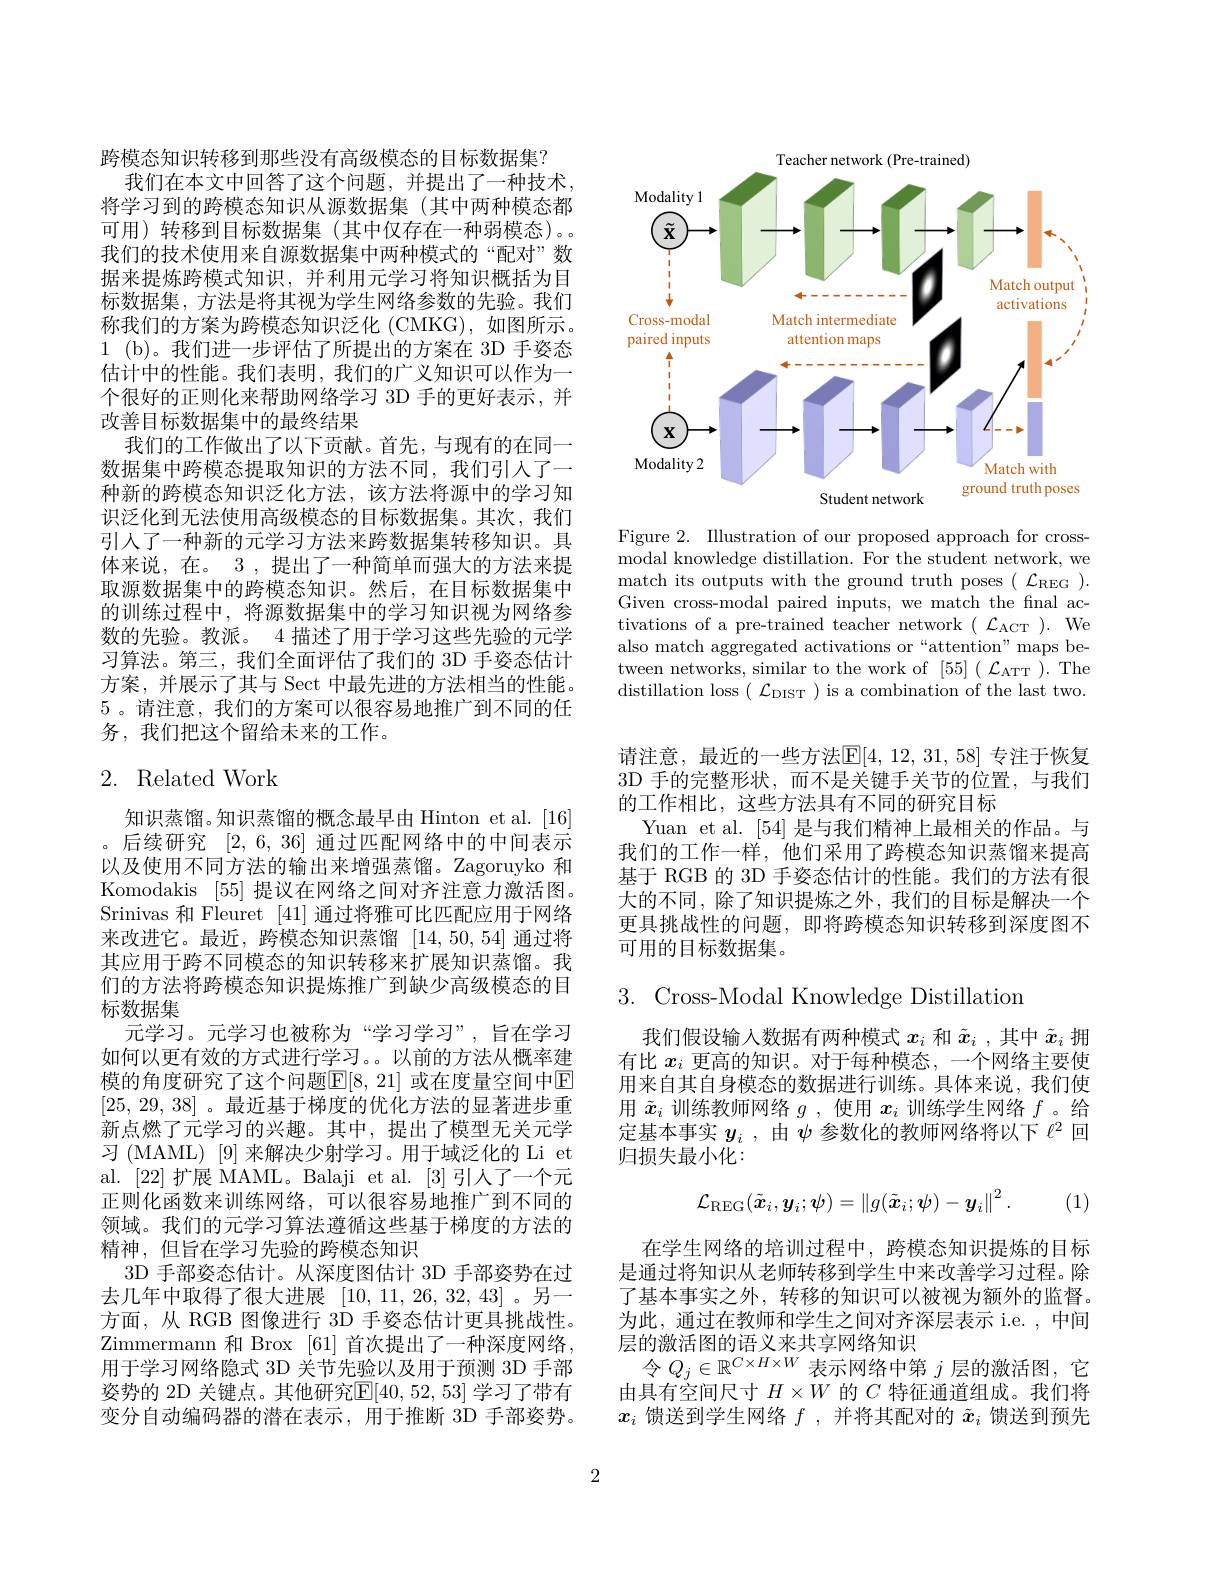
跨模态知识转移到那些没有高级模态的目标数据集？
我们在本文中回答了这个问题，并提出了一种技术， 将学习到的跨模态知识从源数据集 (其中两种模态都可用)转移到目标数据集(其中仅存在一种弱模态)。我们的技术使用来自源数据集中两种模式的“配对”数据来提炼跨模式知识，并利用元学习将知识概括为目标数据集，方法是将其视为学生网络参数的先验。我们称我们的方案为跨模态知识泛化 (CMKG),如图所示。1 (b)。我们进一步评估了所提出的方案在 3D 手姿态估计中的性能。我们表明，我们的广义知识可以作为一个很好的正则化来帮助网络学习 3D 手的更好表示，并改善目标数据集中的最终结果
我们的工作做出了以下贡献。首先，与现有的在同一数据集中跨模态提取知识的方法不同，我们引人了一种新的跨模态知识泛化方法，该方法将源中的学习知识泛化到无法使用高级模态的目标数据集。其次，我们引人了一种新的元学习方法来跨数据集转移知识。具体来说，在。3 ,提出了一种简单而强大的方法来提取源数据集中的跨模态知识。然后，在目标数据集中的训练过程中，将源数据集中的学习知识视为网络参数的先验。教派。4 描述了用于学习这些先验的元学习算法。第三，我们全面评估了我们的 3D 手姿态估计方案，并展示了其与 Sect 中最先进的方法相当的性能。5 。请注意，我们的方案可以很容易地推广到不同的任务，我们把这个留给未来的工作。

# 2. Related Work

知识蒸馏。知识蒸馏的概念最早由 Hinton et al. [16] 。后续研究[2,6,36]通过匹配网络中的中间表示以及使用不同方法的输出来增强蒸馏。Zagoruyko 和Komodakis [55]提议在网络之间对齐注意力激活图。Srinivas 和 Fleuret [41]通过将雅可比匹配应用于网络来改进它。最近，跨模态知识蒸馏[14,50,54]通过将其应用于跨不同模态的知识转移来扩展知识蒸馏。我们的方法将跨模态知识提炼推广到缺少高级模态的目标数据集
元学习。元学习也被称为“学习学习”,旨在学习如何以更有效的方式进行学习。。以前的方法从概率建模的角度研究了这个问题$\overline{\mathbb{E}}[8,21]$ 或在度量空间中回[25, 29, 38] 。最近基于梯度的优化方法的显著进步重新点燃了元学习的兴趣。其中，提出了模型无关元学习 (MAML) [9] 来解决少射学习。用于域泛化的 Li et al. [22] 扩展 MAML。Balaji et al. [3] 引人了一个元正则化函数来训练网络，可以很容易地推广到不同的领域。我们的元学习算法遵循这些基于梯度的方法的精神，但旨在学习先验的跨模态知识
3D 手部姿态估计。从深度图估计 3D 手部姿势在过去几年中取得了很大进展$\begin{array}{c}{10,11,26,32,43}\end{array}$。另一方面，从 RGB 图像进行 3D 手姿态估计更具挑战性。Zimmermann 和 Brox [61] 首次提出了一种深度网络， 用于学习网络隐式 3D 关节先验以及用于预测 3D 手部姿势的 2D 关键点。其他研究$\mathbb{E}[40,52,53]$ 学习了带有变分自动编码器的潜在表示，用于推断 3D 手部姿势。

Teacher network (Pre-trained)
<FigureHere>

Figure 2. Illustration of our proposed approach for crossmodal knowledge distillation. For the student network, we match its outputs with the ground truth poses $(\mathcal{L}_{\mathrm{REG}}).$ Given cross-modal paired inputs, we match the final activations of a pre-trained teacher network $(\mathcal{L}_{\mathrm{ACT}}).$ We also match aggregated activations or“attention”maps between networks, similar to the work of $[55](\mathcal{L}_{\mathrm{ATT}}).$ The distillation loss( $\mathcal{L}_{\mathrm{DIST}}$) is a combination of the last two.

请注意，最近的一些方法$\mathbb{E}[4,12,31,58]$ 专注于恢复3D 手的完整形状，而不是关键手关节的位置，与我们的工作相比，这些方法具有不同的研究目标
Yuan et al. [54] 是与我们精神上最相关的作品。与我们的工作一样，他们采用了跨模态知识蒸馏来提高基于 RGB 的 3D 手姿态估计的性能。我们的方法有很大的不同，除了知识提炼之外，我们的目标是解决一个更具挑战性的问题，即将跨模态知识转移到深度图不可用的目标数据集。

# 3. Cross-Modal Knowledge Distillation

我们假设输入数据有两种模式$x_i$和$\tilde{x}_i$ ,其中$\tilde{x}_i$拥有比$x_i$更高的知识。对于每种模态，一个网络主要使用来自其自身模态的数据进行训练。具体来说，我们使用$\tilde{x}_i$训练教师网络$g$,使用$x_i$训练学生网络$f$ 。给定基本事实$y_i$ ,由$\psi$参数化的教师网络将以下$\ell^2$回归损失最小化：
$$\mathcal{L}_{\mathrm{REG}}(\tilde{\boldsymbol{x}}_i,\boldsymbol{y}_i;\boldsymbol{\psi})=\left\|g(\tilde{\boldsymbol{x}}_i;\boldsymbol{\psi})-\boldsymbol{y}_i\right\|^2.$$
(1)

在学生网络的培训过程中，跨模态知识提炼的目标是通过将知识从老师转移到学生中来改善学习过程。除了基本事实之外，转移的知识可以被视为额外的监督。为此，通过在教师和学生之间对齐深层表示 i.e. , 中间层的激活图的语义来共享网络知识
时 间 做 性 因 此 们 以 于 174日 加 入 $令 Q_j\in \mathbb{R} ^{C\times H\times W}$表 示 网 络 中 第 $j$层 的 激 活 图 , 它 时 间由具有空间尺寸$H\times W$的$C$特征通道组成。我们将$x_i$馈送到学生网络$f$ ,并将其配对的$\tilde{x}_i$馈送到预先

2